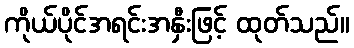
ကိုယ်ပိုင်အရင်းအနှီးဖြင့် ထုတ်သည်။